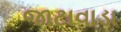
જાટાવાડા